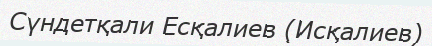
Сүндетқали Есқалиев (Исқалиев)